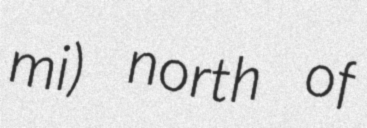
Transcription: mi) north of